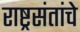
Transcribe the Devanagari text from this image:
राष्ट्रसंतांचे